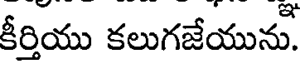
కీర్తియు కలుగజేయును.